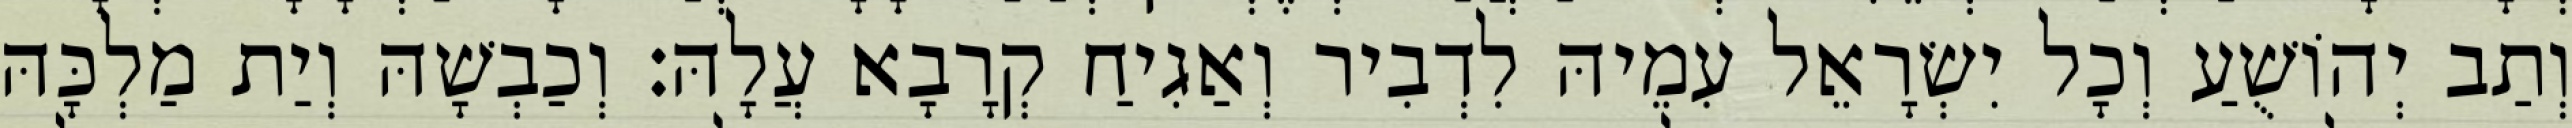
וְתַב יְהוֹשֻׁעַ וְכָל יִשְׂרָאֵל עִמֵיהּ לִדְבִיר וְאַגִיחַ קְרָבָא עֲלָהּ׃ וְכַבְשָׁהּ וְיַת מַלְכָּהּ